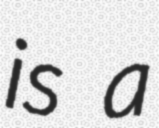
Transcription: is a